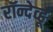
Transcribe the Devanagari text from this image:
रॉन्देव्हू